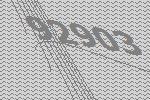
92903